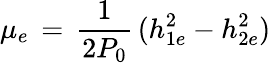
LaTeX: \mu_{e}\, =\, {\frac{1}{2P_{0}}}\, (h_{1e}^{2}-h_{2e}^{2})\,